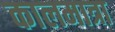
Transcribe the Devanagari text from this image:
कालमात्रा